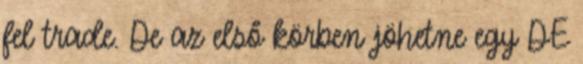
fel trade. De az első körben jöhetne egy DE